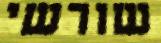
שורשי